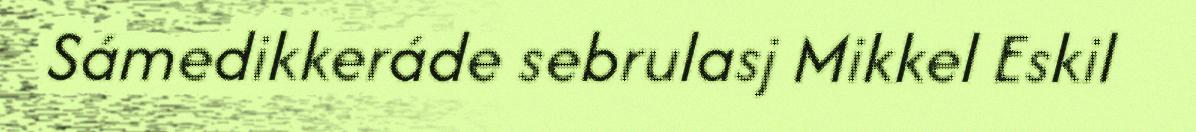
Sámedikkeráde sebrulasj Mikkel Eskil